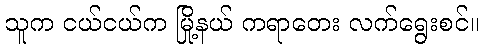
သူက ငယ်ငယ်က မြို့နယ် ကရာတေး လက်ရွေးစင်။